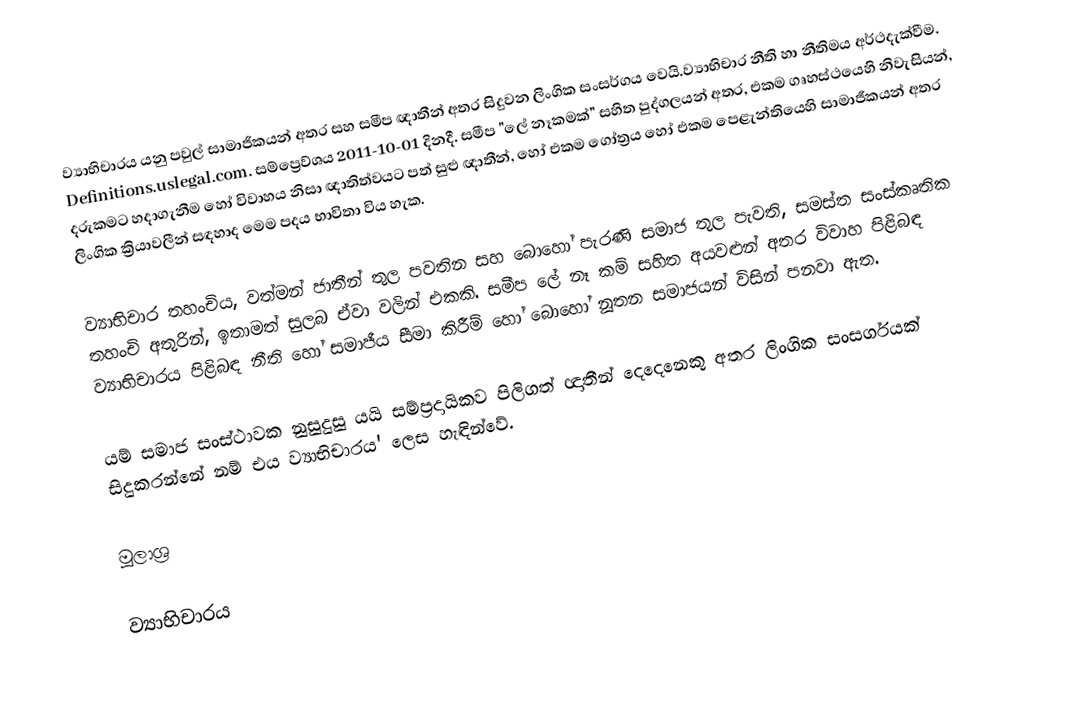
ව්‍යාභිචාරය යනු පවුල් සාමාජිකයන් අතර සහ සමීප ඥාතීන් අතර සිදුවන ලිංගික සංසර්ගය වෙයි.ව්‍යාභිචාර නීති හා  නීතිමය අර්ථදැක්වීම. Definitions.uslegal.com. සම්ප්‍රෙව්ශය 2011-10-01 දිනදී. සමීප "ලේ නෑකමක්" සහිත පුද්ගලයන් අතර, එකම ගෘහස්ථයෙහි නිවැසියන්, දරුකමට හදාගැනීම හෝ  විවාහය නිසා ඥාතිත්වයට පත් සුළු ඥාතීන්, හෝ  එකම  ගෝත්‍රය හෝ එකම  පෙළැන්තියෙහි සාමාජීකයන් අතර ලිංගික ක්‍රියාවලීන් සඳහාද මෙම පදය භාවිතා විය හැක.

ව්‍යාභිචාර තහංචිය, වත්මන් ජාතීන් තුල පවතින සහ බොහෝ පැරණි සමාජ තුල පැවති, සමස්ත සංස්කෘතික තහංචි අතුරින්, ඉතාමත්   සුලබ ඒවා වලින් එකකි.  සමීප ලේ නෑ කම් සහිත අයවළුන් අතර විවාහ පිළිබඳ ව්‍යාභිචාරය පිළිබඳ නීති හෝ සමාජීය සීමා කිරීම් හෝ බොහෝ නූතන සමාජයන් විසින් පනවා ඇත.

යම් සමාජ සංස්ථාවක  නුසුදුසු යයි සම්ප්‍රදායිකව පිලිගත් ඥාතීන් දෙදෙනෙකු අතර ලිංගික සංසර්ගයක් සිදුකරන්නේ නම් එය ව්‍යාභිචාරය' ලෙස හැඳින්වේ.

මූලාශ්‍ර

ව්‍යාභිචාරය